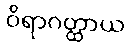
ဝိရာဂတ္ထာယ